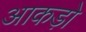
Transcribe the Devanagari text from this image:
आकड़ो